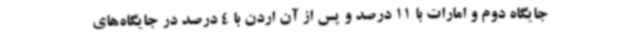
جایگاه دوم و امارات با 11 درصد و پس از آن اردن با 4 درصد در جایگاه‌های